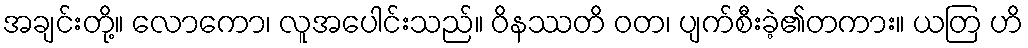
အချင်းတို့။ လောကော၊ လူအပေါင်းသည်။ ဝိနဿတိ ဝတ၊ ပျက်စီးခဲ့၏တကား။ ယတြ ဟိ